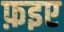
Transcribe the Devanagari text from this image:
फ़इए